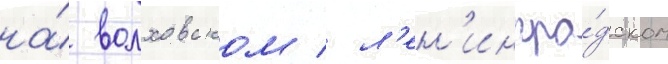
на́ волховском / л'ен'ингра́дском